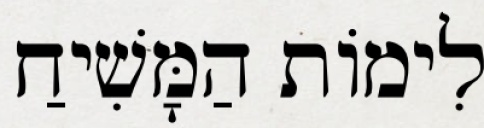
לִימוֹת הַמָּשִׁיחַ